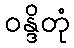
ဝန္ဒိတုံ